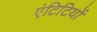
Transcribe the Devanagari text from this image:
एंटिटियों